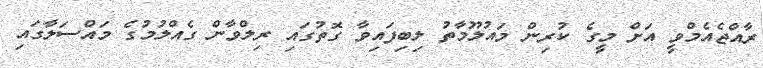
ރާއްޖެއެމްވީ އަށް މީގެ ކުރިން މައުލޫމާތު ލިބިފައިވާ ގޮތުގައި ރިލްވާން ގެއްލުމުގެ މައްސަލާގައި